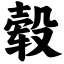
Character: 毂